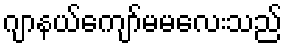
ဂျာနယ်ကျော်မမလေးသည်